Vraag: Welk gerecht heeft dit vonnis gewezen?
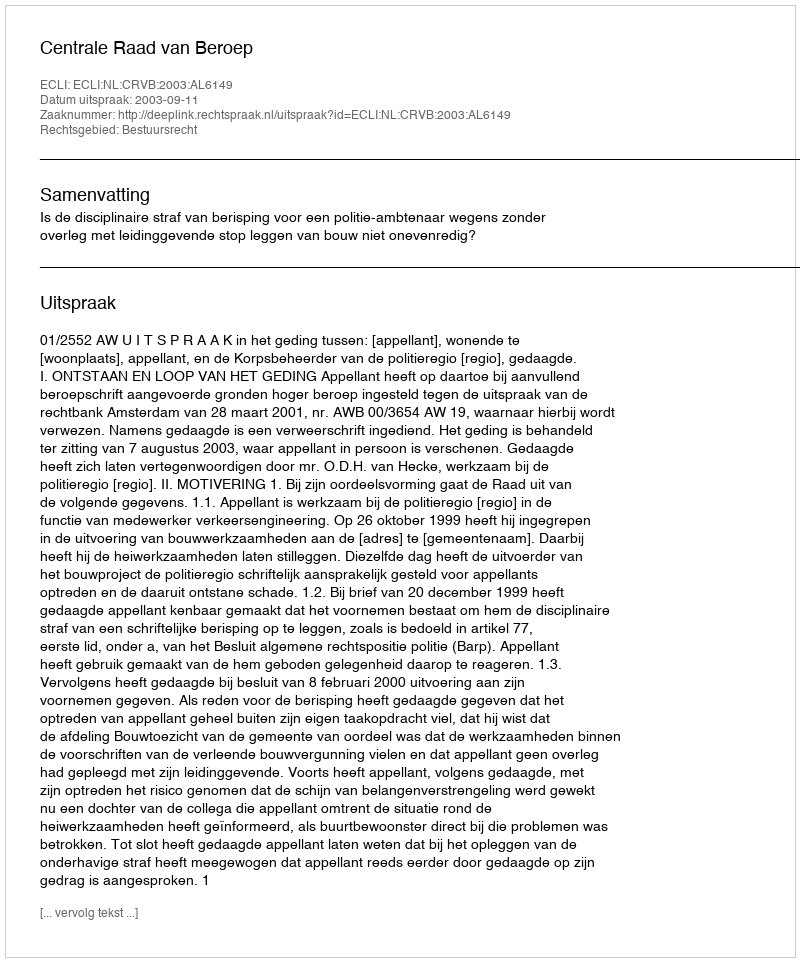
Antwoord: Centrale Raad van Beroep